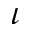
\iota